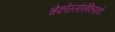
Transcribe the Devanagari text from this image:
चेकोस्लोव्हेकियाची